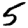
Digit: 5